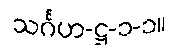
သင်္ဂဟ-ဋ္ဌ-၁-၁။